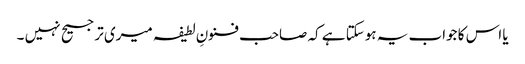
یا اس کا جواب یہ ہوسکتا ہے کہ صاحب فنونِ لطیفہ میری ترجیح نہیں ۔